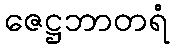
ဇေဋ္ဌဘာတရံ